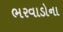
ભરવાડોના